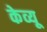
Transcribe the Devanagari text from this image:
केव्यू